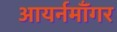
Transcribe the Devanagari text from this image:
आयर्नमॉँगर